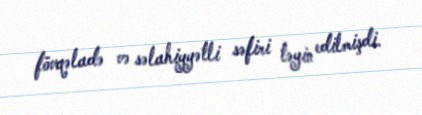
fövqəladə və səlahiyyətli səfiri təyin edilmişdi.